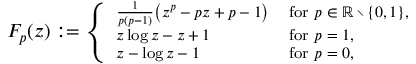
\begin{array} { r } { F _ { p } ( z ) : = { \footnotesize \left\{ \begin{array} { l l } { \frac { 1 } { p ( p { - } 1 ) } \big ( z ^ { p } - p z + p - 1 \big ) } & { \mathrm { f o r ~ } p \in \mathbb { R } \setminus \{ 0 , 1 \} , } \\ { z \log z - z + 1 } & { \mathrm { f o r ~ } p = 1 , } \\ { z - \log z - 1 } & { \mathrm { f o r ~ } p = 0 , } \end{array} \right. } } \end{array}